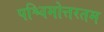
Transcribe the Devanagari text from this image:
पश्चिमोत्तरतम